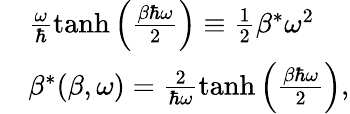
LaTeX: \begin{array}{rl}&{\frac{\omega}{\hbar}\operatorname{tanh}\left(\frac{\beta\hbar\omega}{2}\right)\equiv\frac{1}{2}\beta^{*}\omega^{2}}\\ &{\beta^{*}(\beta,\omega)=\frac{2}{\hbar\omega}\operatorname{tanh}\left(\frac{\beta\hbar\omega}{2}\right),}\end{array}